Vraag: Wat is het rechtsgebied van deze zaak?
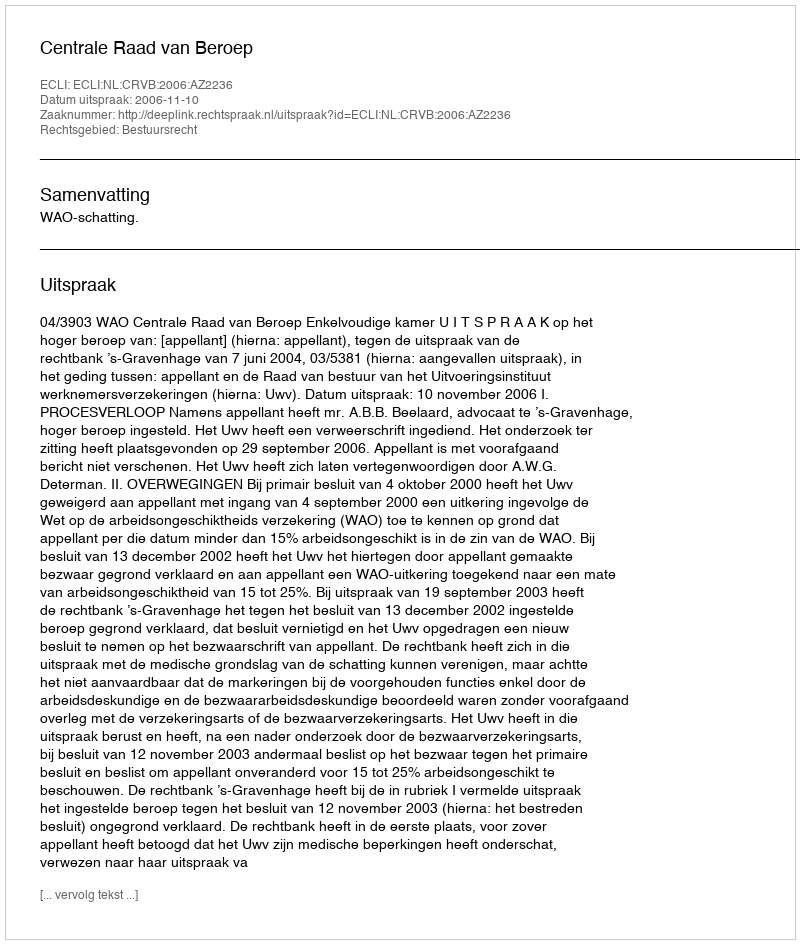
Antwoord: Bestuursrecht